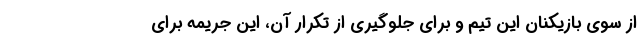
از سوی بازیکنان این تیم و برای جلوگیری از تکرار آن، این جریمه برای